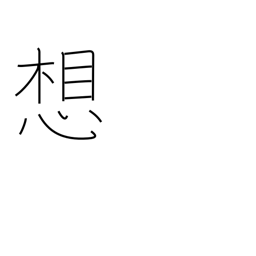
Meaning: thought